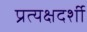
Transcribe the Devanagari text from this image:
प्रत्‍यक्षदर्शी